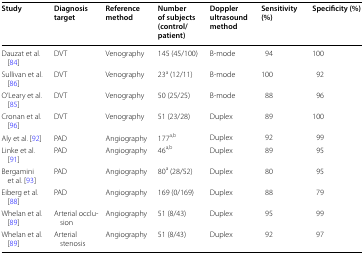
<table><thead><tr><td><b>Study</b></td><td><b>Diagnosis target</b></td><td><b>Reference method</b></td><td><b>Number of subjects (control/patient)</b></td><td><b>Doppler ultrasound method</b></td><td><b>Sensitivity (%)</b></td><td><b>Specificity (%)</b></td></tr></thead><tbody><tr><td>Dauzat et al. [84]</td><td>DVT</td><td>Venography</td><td>145 (45/100)</td><td>B-mode</td><td>94</td><td>100</td></tr><tr><td>Sullivan et al. [86]</td><td>DVT</td><td>Venography</td><td>23<sup>a</sup> (12/11)</td><td>B-mode</td><td>100</td><td>92</td></tr><tr><td>O’Leary et al. [85]</td><td>DVT</td><td>Venography</td><td>50 (25/25)</td><td>B-mode</td><td>88</td><td>96</td></tr><tr><td>Cronan et al. [96]</td><td>DVT</td><td>Venography</td><td>51 (23/28)</td><td>Duplex</td><td>89</td><td>100</td></tr><tr><td>Aly et al. [92]</td><td>PAD</td><td>Angiography</td><td>177<sup>a,b</sup></td><td>Duplex</td><td>92</td><td>99</td></tr><tr><td>Linke et al. [91]</td><td>PAD</td><td>Angiography</td><td>46<sup>a,b</sup></td><td>Duplex</td><td>89</td><td>95</td></tr><tr><td>Bergamini et al. [93]</td><td>PAD</td><td>Angiography</td><td>80<sup>a</sup> (28/52)</td><td>Duplex</td><td>80</td><td>95</td></tr><tr><td>Eiberg et al. [88]</td><td>PAD</td><td>Angiography</td><td>169 (0/169)</td><td>Duplex</td><td>88</td><td>79</td></tr><tr><td>Whelan et al. [89]</td><td>Arterial occlusion</td><td>Angiography</td><td>51 (8/43)</td><td>Duplex</td><td>95</td><td>99</td></tr><tr><td>Whelan et al. [89]</td><td>Arterial stenosis</td><td>Angiography</td><td>51 (8/43)</td><td>Duplex</td><td>92</td><td>97</td></tr></tbody></table>